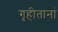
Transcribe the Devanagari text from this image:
गृहीतानां